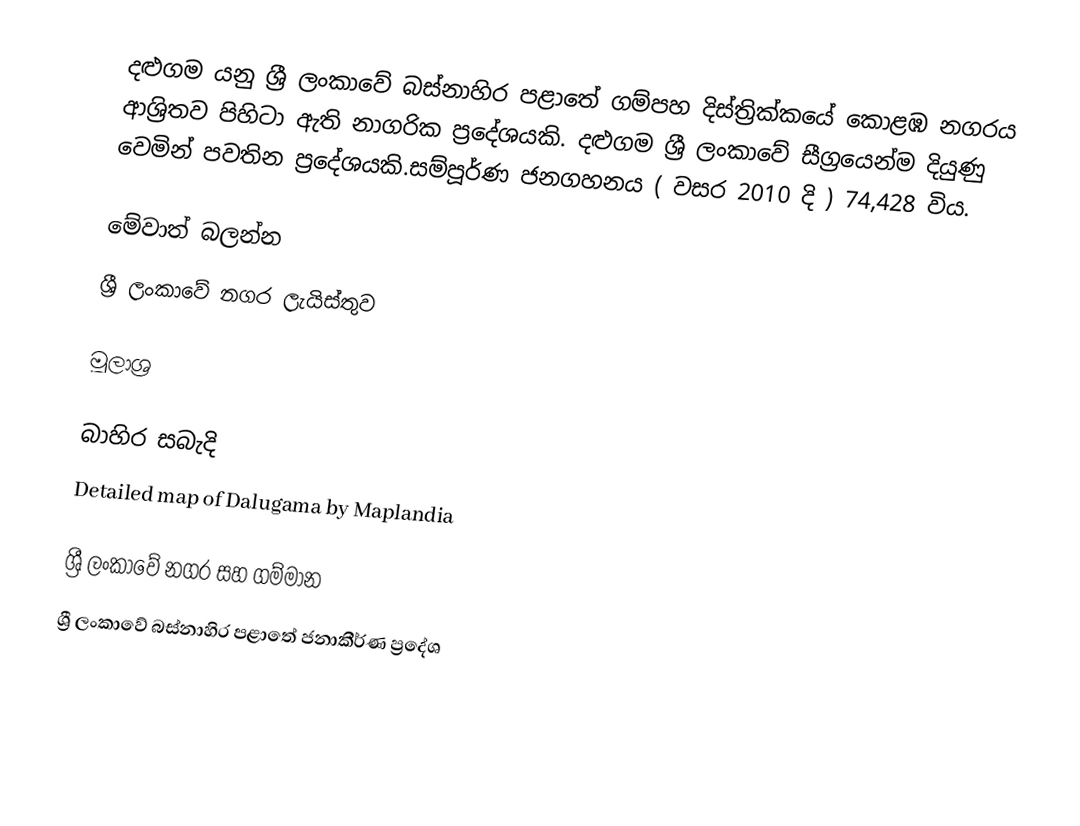
දළුගම යනු ශ්‍රී ලංකාවේ බස්නාහිර පළාතේ ගම්පහ දිස්ත්‍රික්කයේ කොළඹ නගරය ආශ්‍රිතව පිහිටා ඇති නාගරික ප්‍රදේශයකි. දළුගම ශ්‍රී ලංකාවේ සීග්‍රයෙන්ම දියුණු වෙමින් පවතින ප්‍රදේශයකි.සම්පූර්ණ ජනගහනය ( වසර 2010 දි ) 74,428 විය.

මේවාත් බලන්න
ශ්‍රී ලංකාවේ නගර ලැයිස්තුව

මූලාශ්‍ර

බාහිර සබැදි
Detailed map of Dalugama by Maplandia

ශ්‍රී ලංකාවේ නගර සහ ගම්මාන
ශ්‍රී ලංකාවේ බස්නාහිර පළාතේ ජනාකීර්ණ ප්‍රදේශ